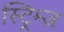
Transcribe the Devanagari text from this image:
स्ट्रिम्ज़